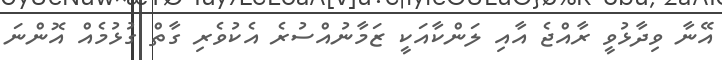
އޭނާ ވިދާޅުވީ ރާއްޖެ އާއި ލަންކާއަކީ ޒަމާނުއްސުރެ އެކުވެރި ގާތް ގުޅުމެއް އޮންނަ